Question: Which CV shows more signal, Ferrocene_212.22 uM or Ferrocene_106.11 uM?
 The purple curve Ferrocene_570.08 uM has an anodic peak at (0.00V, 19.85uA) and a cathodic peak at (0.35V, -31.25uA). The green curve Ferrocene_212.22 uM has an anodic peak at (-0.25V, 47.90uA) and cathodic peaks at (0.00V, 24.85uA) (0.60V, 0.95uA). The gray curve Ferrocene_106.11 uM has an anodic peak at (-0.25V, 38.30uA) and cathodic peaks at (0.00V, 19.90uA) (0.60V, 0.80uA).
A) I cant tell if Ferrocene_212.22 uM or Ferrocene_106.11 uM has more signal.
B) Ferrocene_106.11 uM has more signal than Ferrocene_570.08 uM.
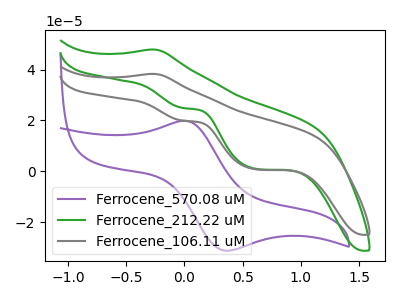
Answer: <think>All the peaks in "Ferrocene_212.22 uM" have a peak in "Ferrocene_106.11 uM" at the same potential.
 </think>
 <answer>A) I cant tell if "Ferrocene_212.22 uM" or "Ferrocene_106.11 uM" has more signal.</answer>
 <eval>A</eval>